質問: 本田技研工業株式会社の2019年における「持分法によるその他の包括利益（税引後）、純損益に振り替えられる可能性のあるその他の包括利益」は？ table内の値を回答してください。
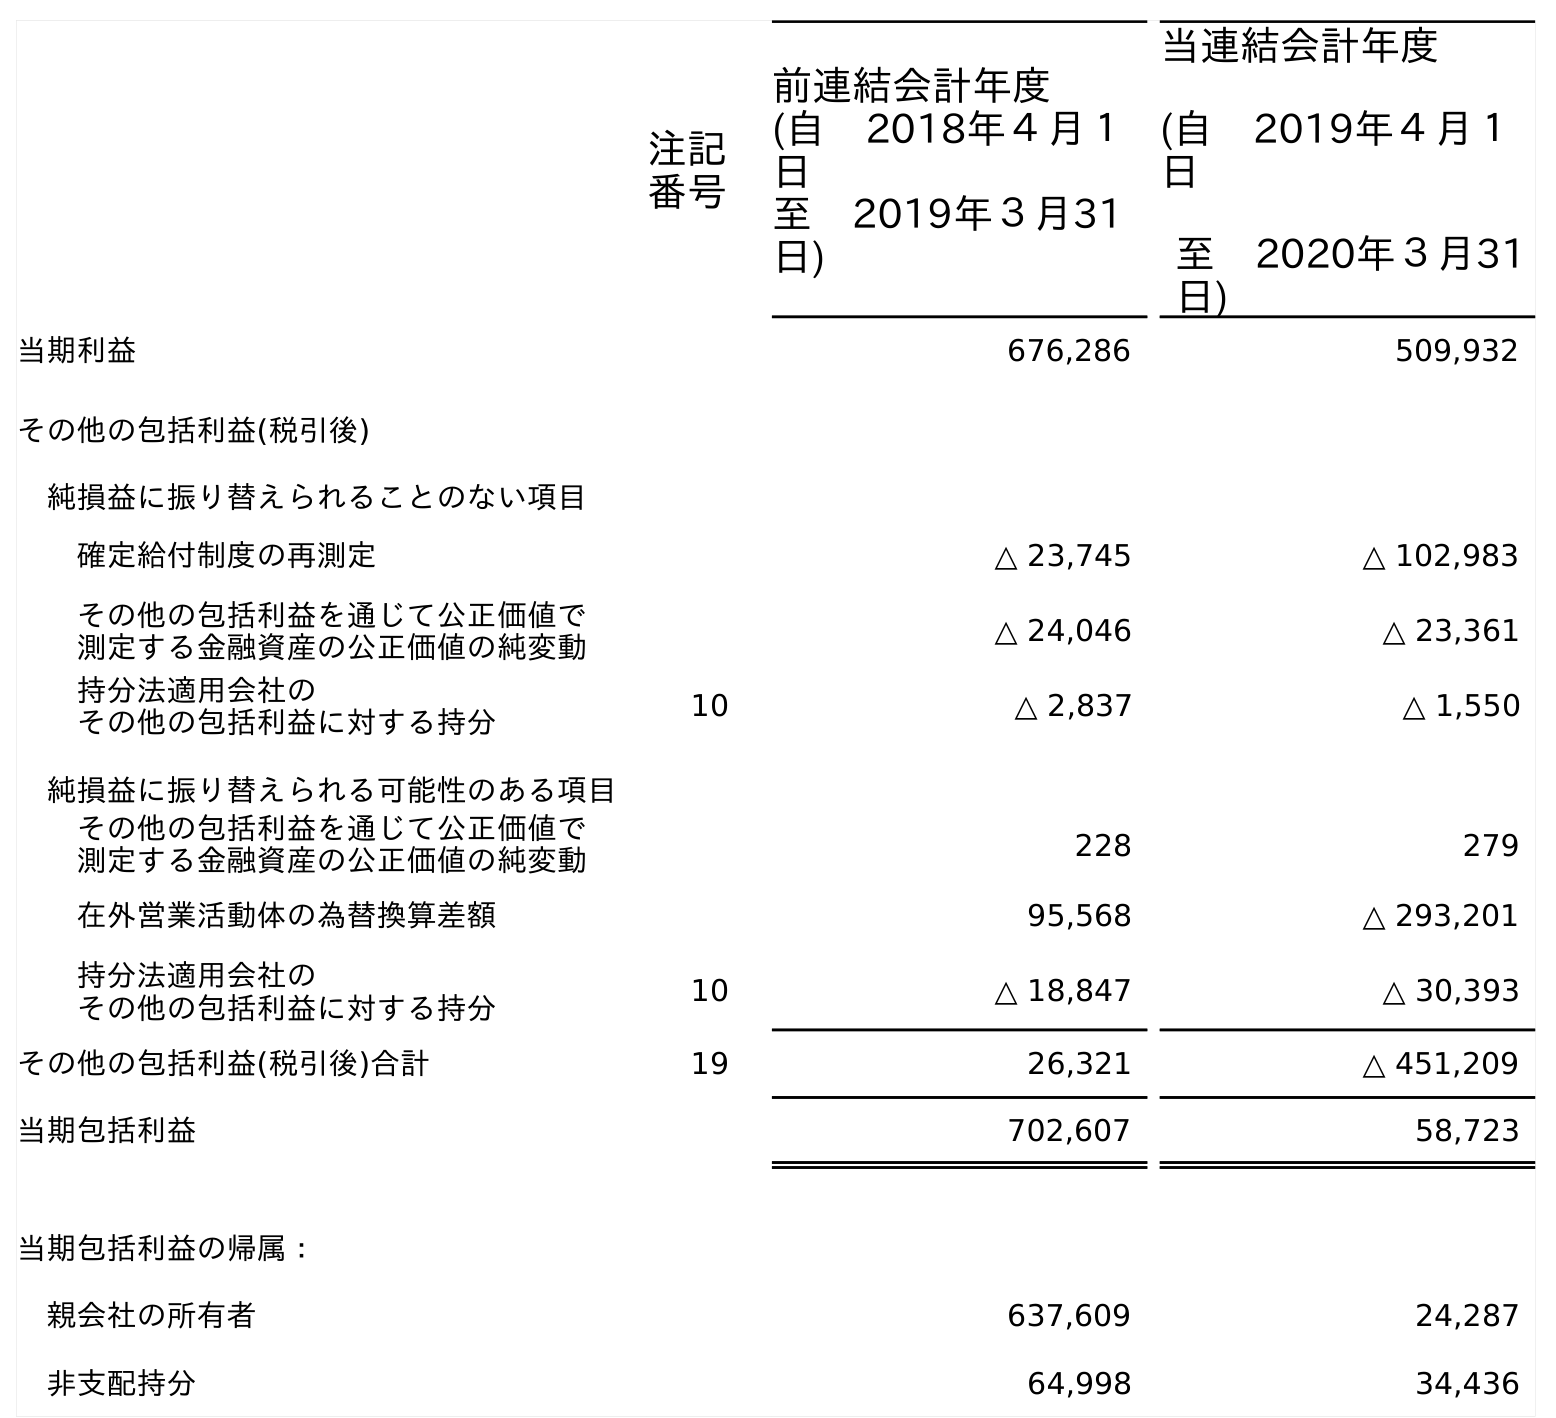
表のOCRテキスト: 注記 番号 前連結会計年度 (自 2018年４月１ 日 至 2019年３月31 日) 当連結会計年度 (自 2019年４月１ 日 至 2020年３月31 日) 当期利益 676,286 509,932 その他の包括利益(税引後) 純損益に振り替えられることのない項目 確定給付制度の再測定 △ 23,745 △ 102,983 その他の包括利益を通じて公正価値で 測定する金融資産の公正価値の純変動 △ 24,046 △ 23,361 持分法適用会社の その他の包括利益に対する持分 10 △ 2,837 △ 1,550 純損益に振り替えられる可能性のある項目 その他の包括利益を通じて公正価値で 測定する金融資産の公正価値の純変動 228 279 在外営業活動体の為替換算差額 95,568 △ 293,201 持分法適用会社の その他の包括利益に対する持分 10 △ 18,847 △ 30,393 その他の包括利益(税引後)合計 19 26,321 △ 451,209 当期包括利益 702,607 58,723 当期包括利益の帰属： 親会社の所有者 637,609 24,287 非支配持分 64,998 34,436
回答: △18,847